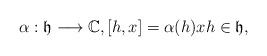
LaTeX: \begin{align*} \alpha : \mathfrak{h} \longrightarrow \mathbb{C}, [h, x] = \alpha(h)x h \in \mathfrak{h},\end{align*}